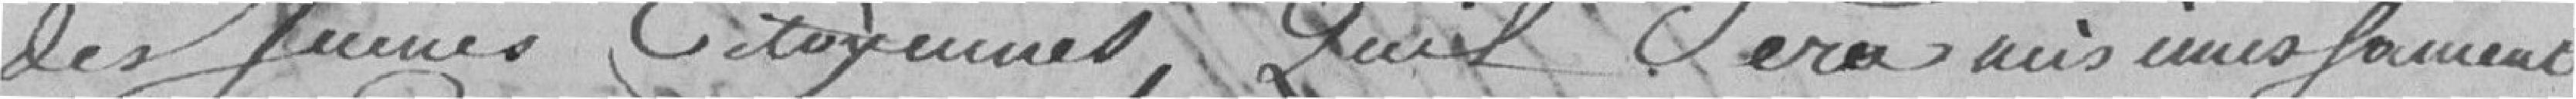
des jeunes citoyennes ; qu'il sera mis instamment